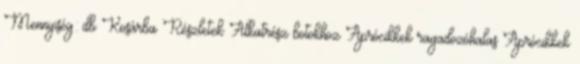
Mennyiség: db Kosárba Részletek Alkatrész botokhoz Aprócikkek ragadozóhalas Aprócikkek